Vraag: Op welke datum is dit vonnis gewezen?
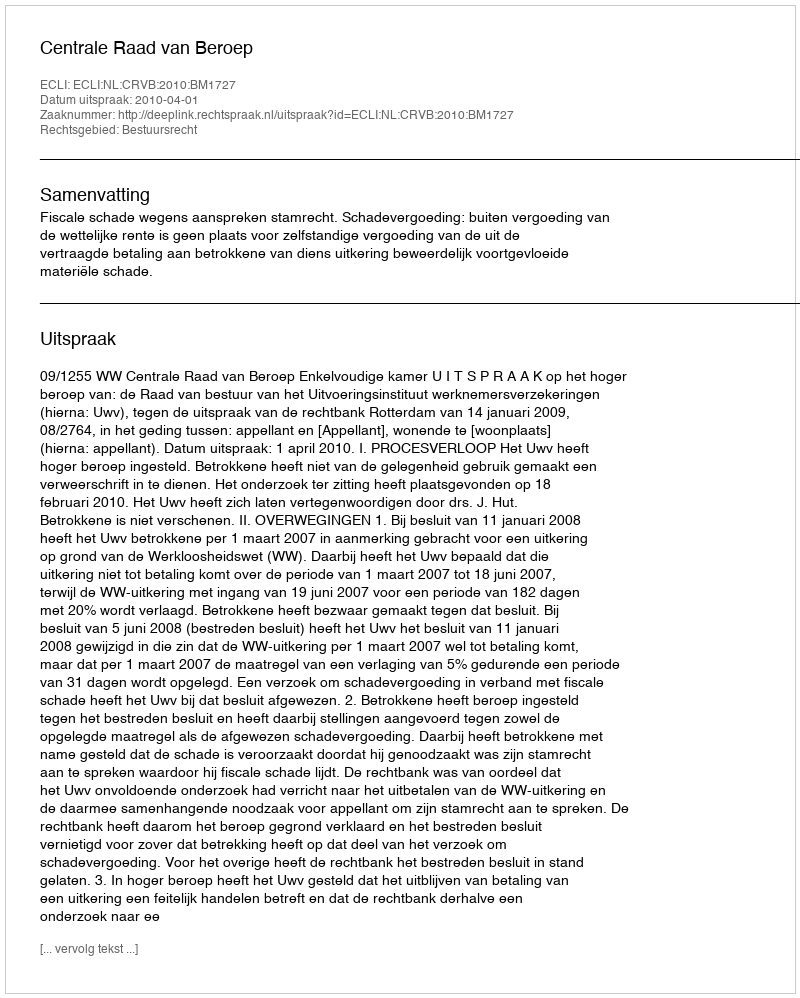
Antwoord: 2010-04-01